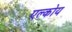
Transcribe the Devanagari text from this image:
एल्कोय